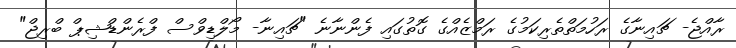
ރާއްޖެ- ޗައިނާގެ ރަހުމަތްތެރިކަމުގެ ރަމްޒެއްގެ ގޮތުގައި ފެންނާނެ "ޗައިނާ- މޯލްޑިވްސް ފްރެންޑްޝިޕް ބްރިޖް"